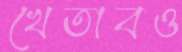
খেতাবও